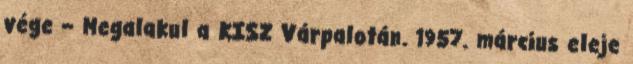
vége – Megalakul a KISZ Várpalotán. 1957. március eleje